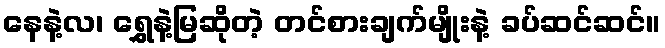
နေနဲ့လ၊ ရွှေနဲ့မြဆိုတဲ့ တင်စားချက်မျိုးနဲ့ ခပ်ဆင်ဆင်။